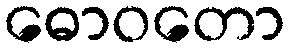
ဓောဝတော